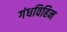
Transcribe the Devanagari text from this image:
गंधविहिन